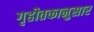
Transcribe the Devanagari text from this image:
गृहीतकानुसार